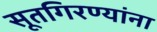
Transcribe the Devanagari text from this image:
सूतगिरण्यांना